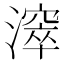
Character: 𣿈